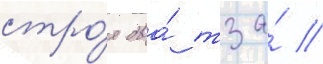
стро́я два́ тза́ /